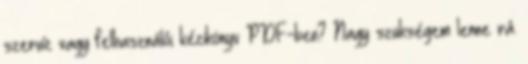
szervíz vagy felhasználói kézikönyv PDF-ben? Nagy szükségem lenne rá.